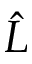
\hat { L }